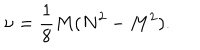
LaTeX: \nu = { \frac { 1 } { 8 } } M ( N ^ { 2 } - M ^ { 2 } ) .